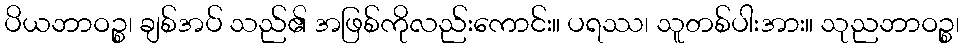
ပိယဘာဝဉ္စ၊ ချစ်အပ် သည်၏ အဖြစ်ကိုလည်းကောင်း။ ပရဿ၊ သူတစ်ပါးအား။ သုညဘာဝဉ္စ၊